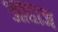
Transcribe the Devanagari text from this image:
आहाज